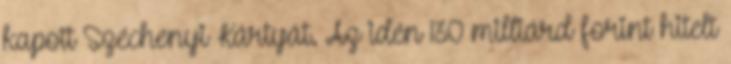
kapott Széchenyi Kártyát. Az idén 130 milliárd forint hitelt